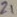
Text: Z1